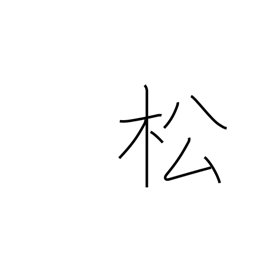
Meaning: pine tree